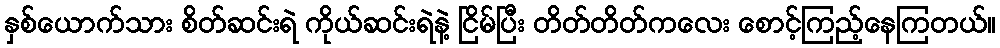
နှစ်ယောက်သား စိတ်ဆင်းရဲ ကိုယ်ဆင်းရဲနဲ့ ငြိမ်ပြီး တိတ်တိတ်ကလေး စောင့်ကြည့်နေကြတယ်။